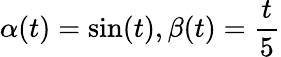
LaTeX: \alpha(t)=\sin(t),\beta(t)=\frac{t}{5}